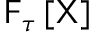
\mathsf { F } _ { \tau } \left[ \mathsf { X } \right]